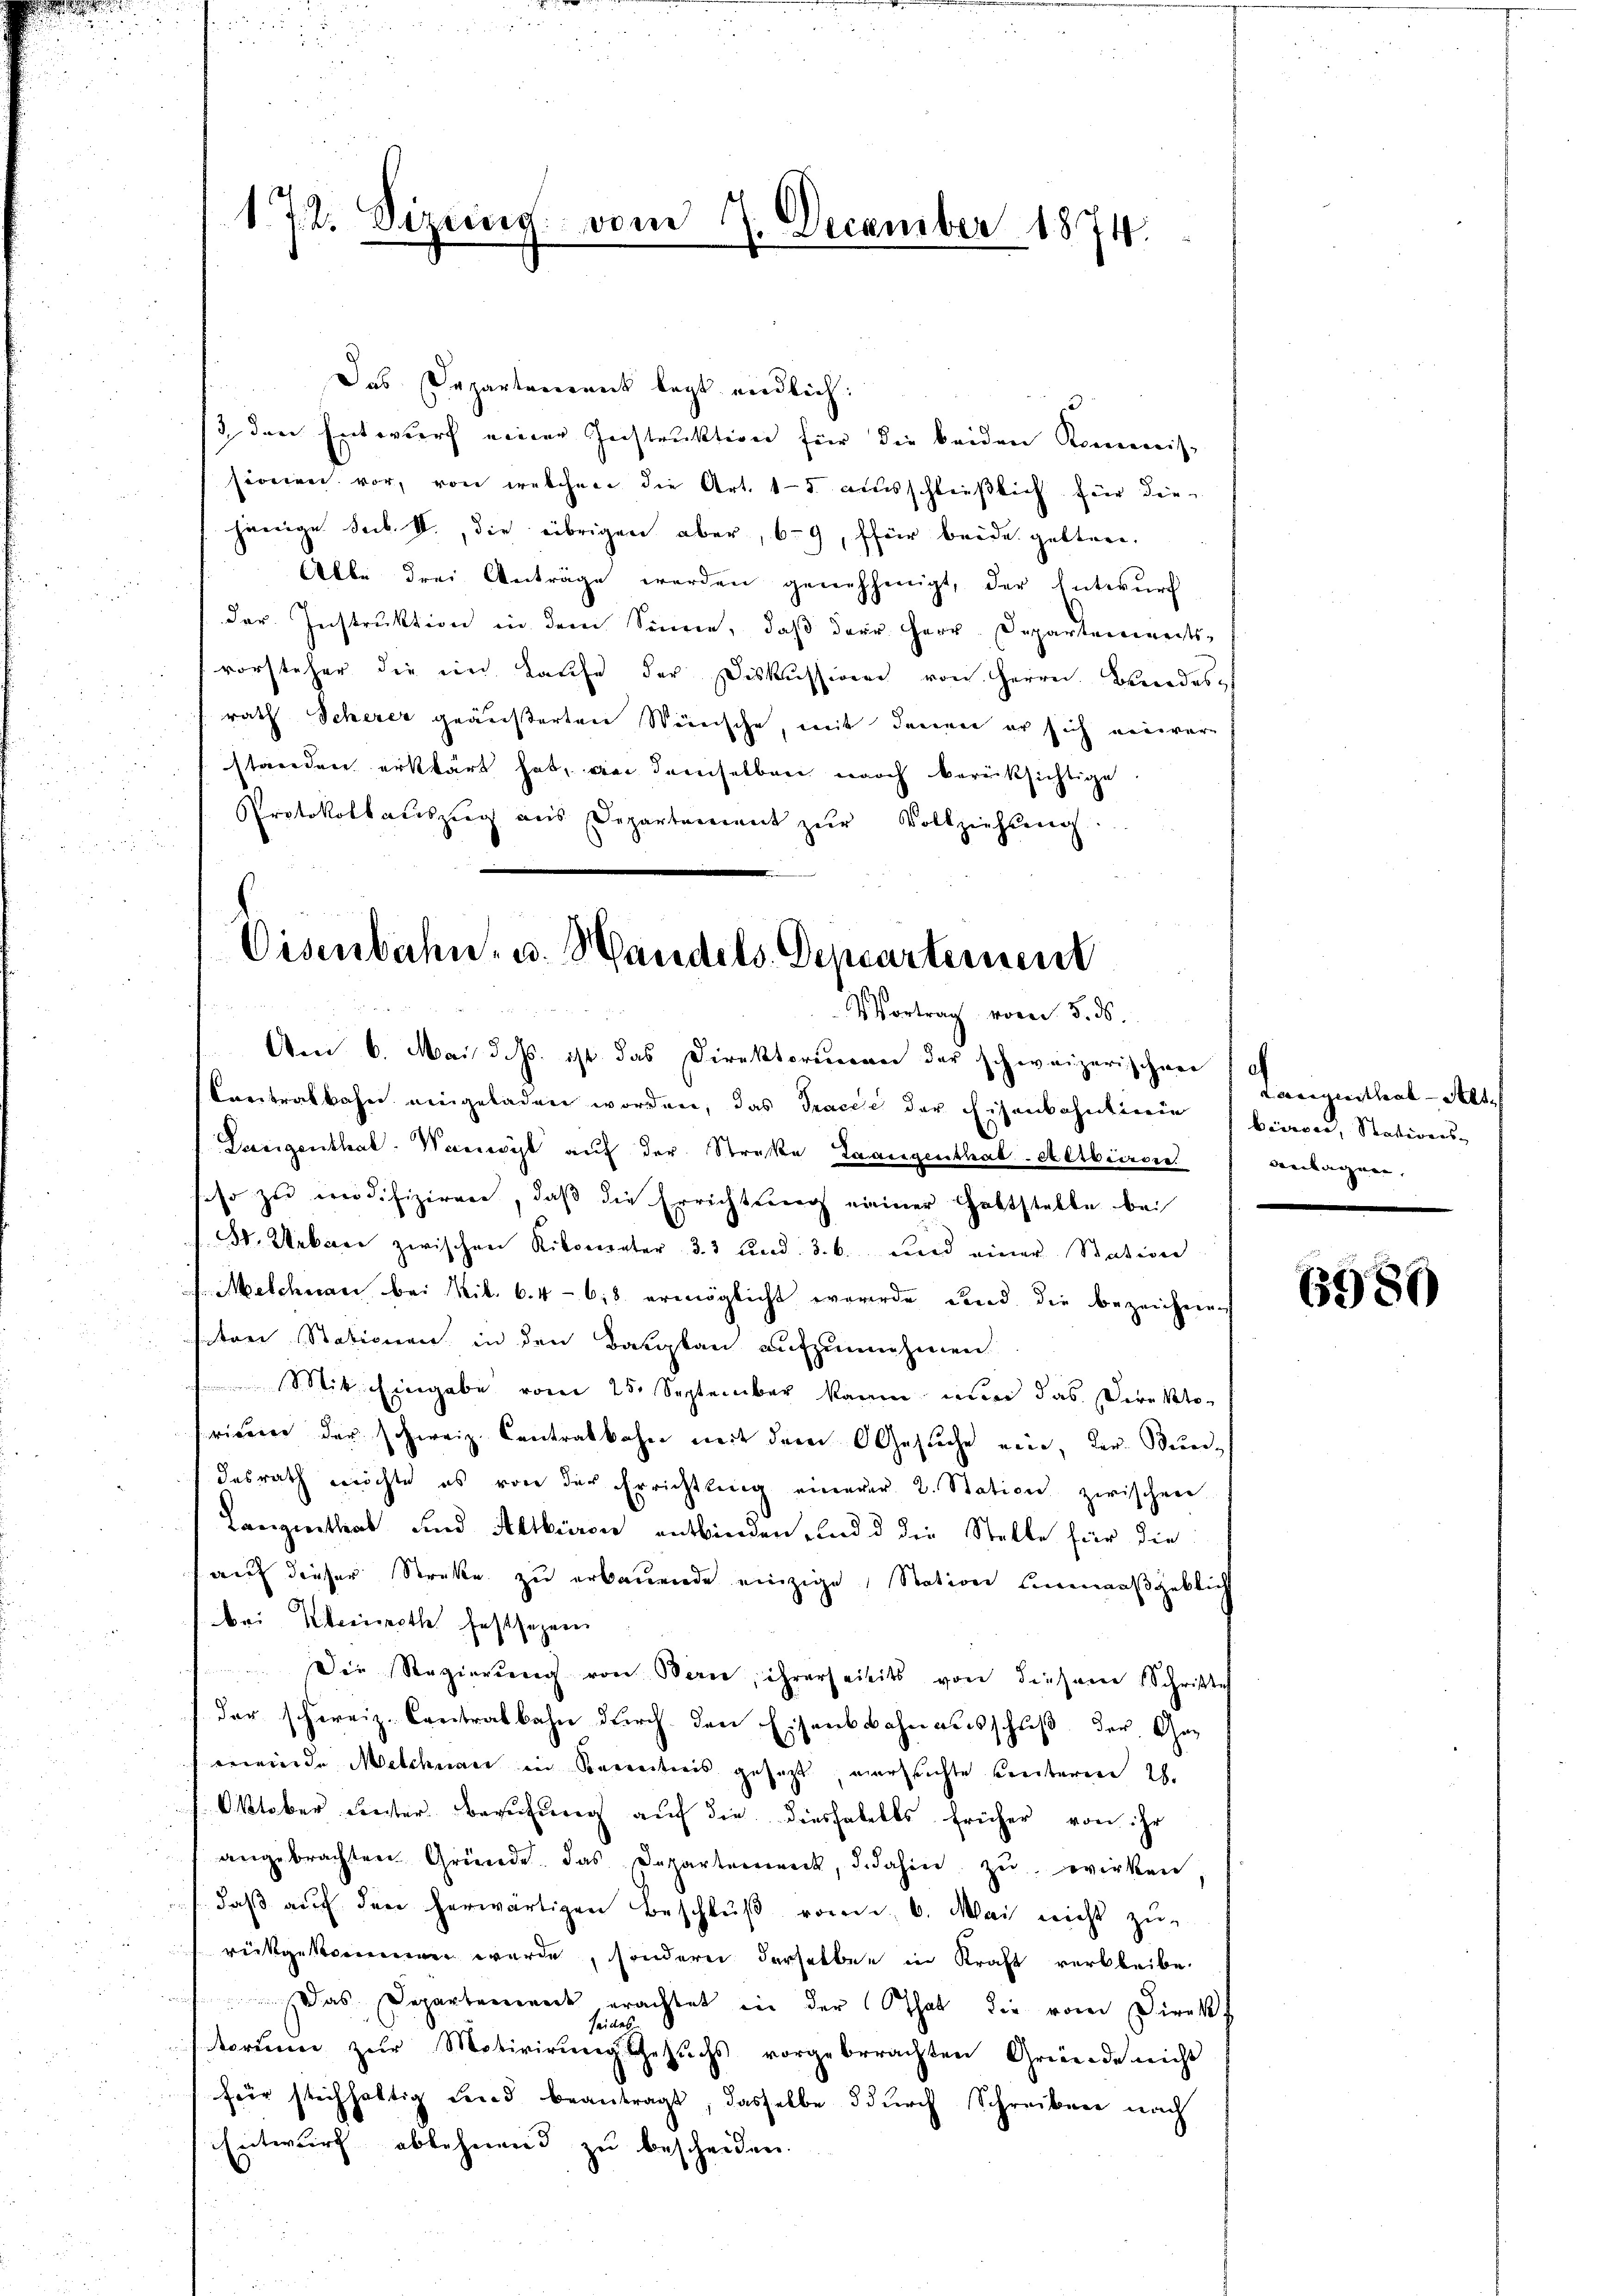
172. Sizung vom 7. December 1874.

Das Departement legt endlich:
/3. den Entwurf einer Instruktion für die beiden Kommis-
sionien vor, von welchen die Art. 15 ausschließlich für diejenige sub. II., die übrigen aber, 69, ffür beide gelten.
Alle drei Anträge werden genehmigt, der Entwurf
der Instruktion in dem Sinne, daß der Herr Departementsvorsteher die ein Kaufe der Diskussion von Herrn. Bandes
rath Scherer geäußerten Wünsche, mit denen er sich einverstanden erklärt hat, an demselben noch berücksichtige
Protokollaŭszŭg aŭs Departement zŭr Vollziehung.

Oisenbahn, u. Handels Departement
Vortrag vom 5. d.
Aen 6. Mai d. Js. ist das Direktorium der schweizerischen

Contralbahn eingeladen worden, das Tracée der Eisenbahnlinie biser, Stations-
Lasigenthal. Wanwyl auf der Streke Langenthal-Allbieren anlagen,
eso zu modifiziren, daβ die Errichtung einer Haltstelle bei
dt. Webere zwischen Kilometer 3. 3 und 3. b. und einer Station
Melchnam bei Nib. 64 - 618. ermöglicht wurde Land die bezeichnen
sten Stationen in den Bergbau aufzunehmen
 Mit Eingabe vom 25. September kann nur das Direkto
rieure der schweiz. Contralbahn mit dem Gesuche ein, der Bun-
desrath möchte es von der Errichtung einerer 2. Station zwischen
Lanzienthal und Altburen entbinden, und d die Stelle für die
auf dieser Streke zu erbauende einzige Station unmaaßgeblich
bei Kleinroth festsezen
Die Regierung von Bern, ihrerseitits von diesem Schritte
der schweiz. Contralbahn durch den Eisenbahnausschuß der Gemeinde Melchnau in Bereiticis gesezt, versuchte unterm 2.
Oktober unter Berufung auf die diesfalles früher von ihr
angebrachten Gründe. Das Departement, d. dahin zŭ wirken
daβ aŭf den herwärtigen Beschlŭβ vom 6. Mai nicht zŭ-
rückgekommen werde, sondern derselben in Kraft verbleibe
 Das Departemend erachtet in der that die vom Direkt
storium zur Motivirung gesuchs vorgebrachten Gründe nicht
für stichhaltig und beantragt, dasselbe dŭrch Schreiben nach
Entwurf ablehend zu bescheiden.

Langenthal - Alt

6980